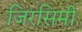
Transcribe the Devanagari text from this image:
जिरसिमी